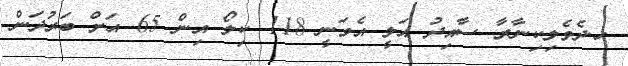
ހ.ދެވެލިކިނާރާ ސާއިދު އަލީ އެވަނީ 118 ކިލޯ އިން 65 އަށް ބަރުދަން